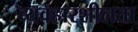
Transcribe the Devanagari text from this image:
व्यवहारशीलता